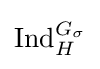
\mathrm {Ind} _{H}^{G_{\sigma }}